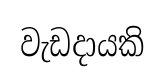
වැඩදායකි